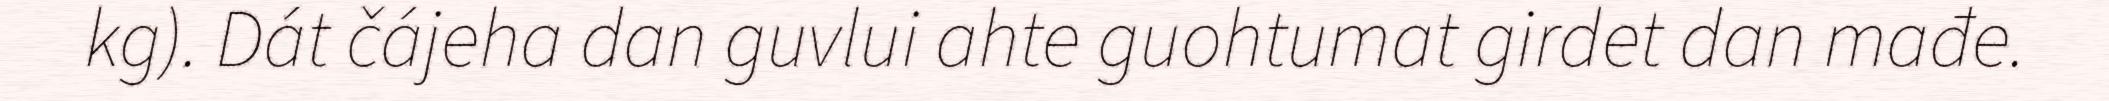
kg). Dát čájeha dan guvlui ahte guohtumat girdet dan mađe.